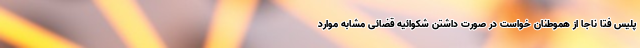
پلیس فتا ناجا از هموطنان خواست در صورت داشتن شکوائیه قضائی مشابه موارد